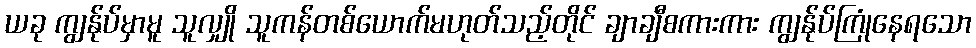
ယခု ကျွန်ုပ်မှာမူ သူလျှို သူကန်တစ်ယောက်မဟုတ်သည့်တိုင် ချာချီစကားကား ကျွန်ုပ်ကြုံနေရသော